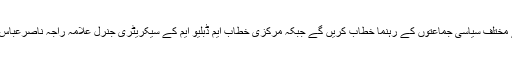
اجتماع سے مختلف سیاسی جماعتوں کے رہنما خطاب کریں گے جبکہ مرکزی خطاب ایم ڈبلیو ایم کے سیکریٹری جنرل علامہ راجہ ناصرعباس کریں گے۔